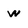
Character: w